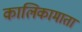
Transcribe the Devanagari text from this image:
कालिकामाता